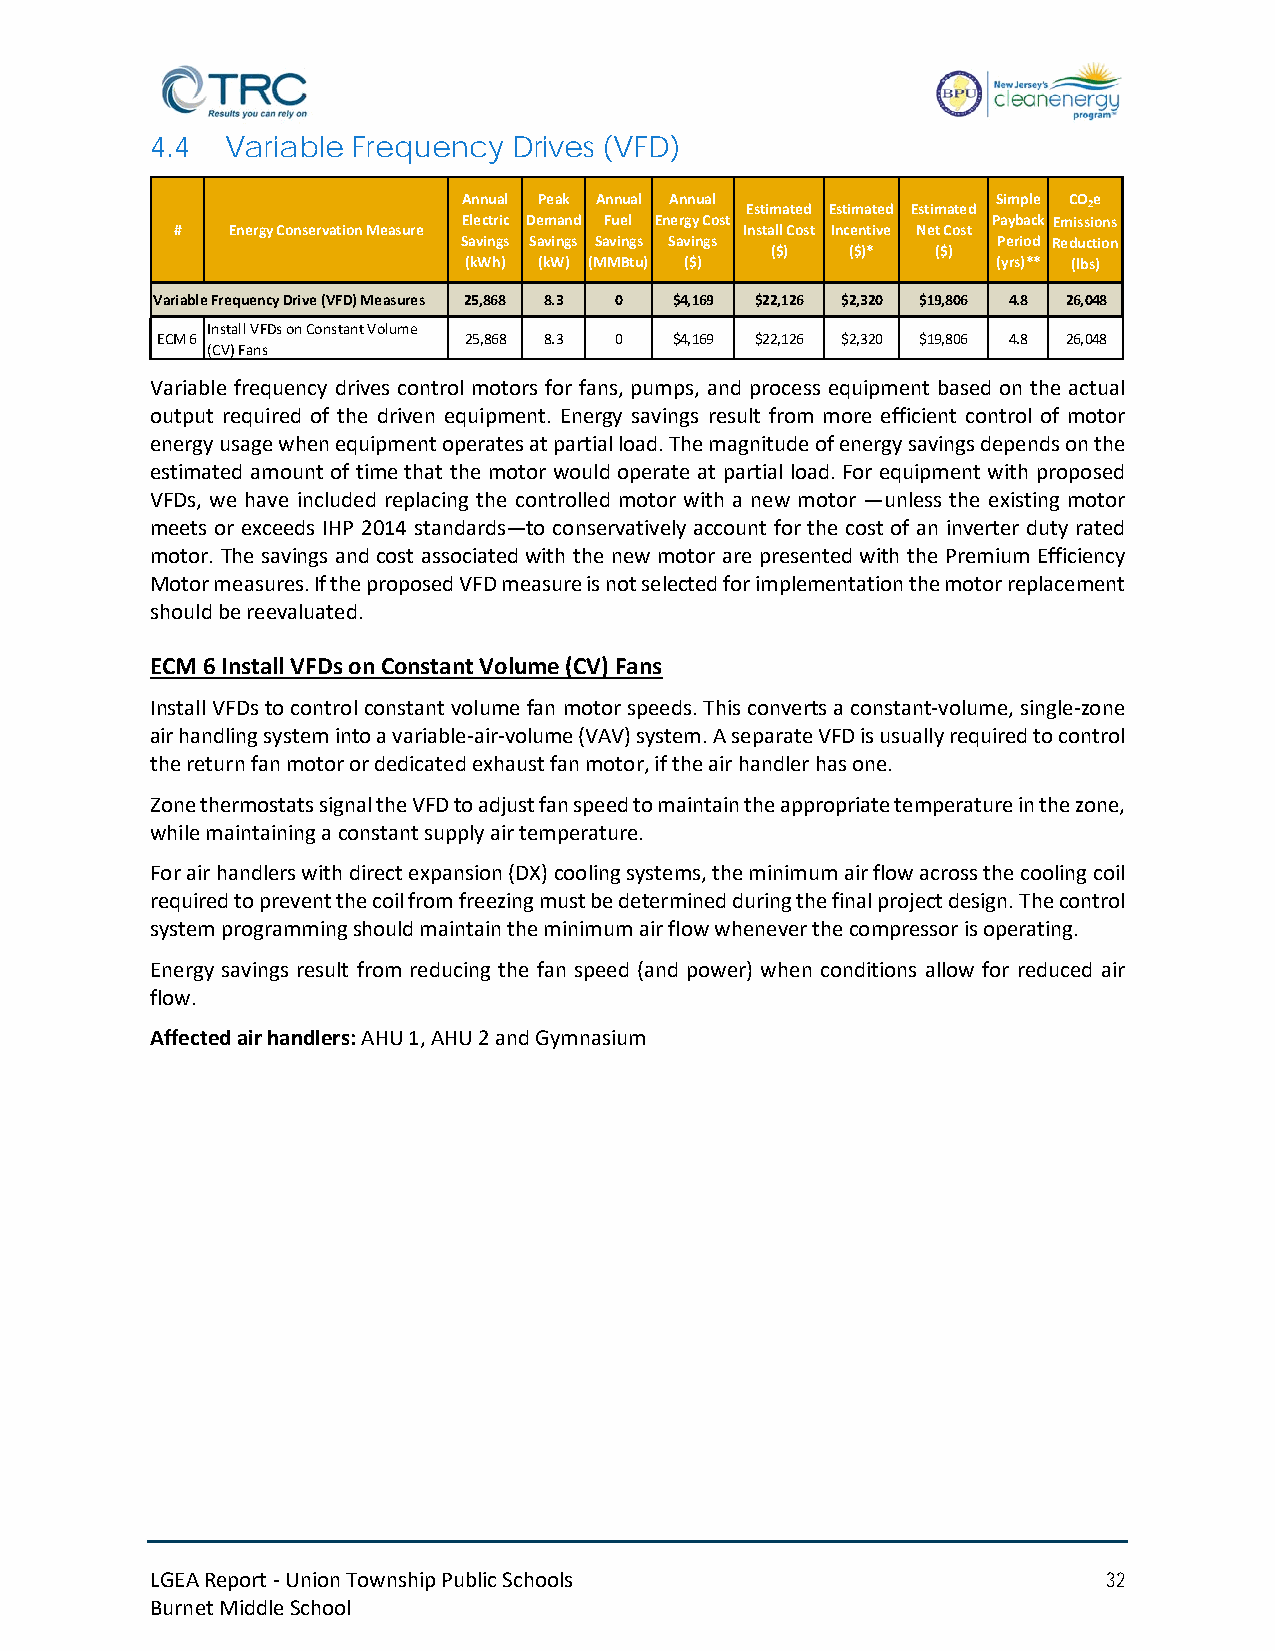
4.4  Variable Frequency Drives (VFD)
 Annual Peak Annual Annual          Simple COe
 Estimated Estimated Estimated 2
 Electric Demand Fuel Energy Cost   Payback Emissions
 #  Energy Conservation Measure       Install Cost Incentive Net Cost
 Savings Savings Savings Savings    Period Reduction
 ($)  ($)*  ($)
 (kWh) (kW) (MMBtu) ($)             (yrs)** (lbs)
 Variable Frequency Drive (VFD) Measures 25,868 8.3 0 $4,169 $22,126 $2,320 $19,806 4.8 26,048
 Install VFDs on Constant Volume
 ECM 6                25,868 8.3 0  $4,169 $22,126 $2,320 $19,806 4.8 26,048
 (CV) Fans
 Variable frequency drives control motors for fans, pumps, and process equipment based on the actual
 output required of the driven equipment. Energy savings result from more efficient control of motor
 energy usage when equipment operates at partial load. The magnitude of energy savings depends on the
 estimated amount of time that the motor would operate at partial load. For equipment with proposed
 VFDs, we have included replacing the controlled motor with a new motor —unless the existing motor
 meets or exceeds IHP 2014 standards—to conservatively account for the cost of an inverter duty rated
 motor. The savings and cost associated with the new motor are presented with the Premium Efficiency
 Motor measures. If the proposed VFD measure is not selected for implementation the motor replacement
 should be reevaluated.
 ECM 6 Install VFDs on Constant Volume (CV) Fans
 Install VFDs to control constant volume fan motor speeds. This converts a constant-volume, single-zone
 air handling system into a variable-air-volume (VAV) system. A separate VFD is usually required to control
 the return fan motor or dedicated exhaust fan motor, if the air handler has one.
 Zone thermostats signal the VFD to adjust fan speed to maintain the appropriate temperature in the zone,
 while maintaining a constant supply air temperature.
 For air handlers with direct expansion (DX) cooling systems, the minimum air flow across the cooling coil
 required to prevent the coil from freezing must be determined during the final project design. The control
 system programming should maintain the minimum air flow whenever the compressor is operating.
 Energy savings result from reducing the fan speed (and power) when conditions allow for reduced air
 flow.
 Affected air handlers: AHU 1, AHU 2 and Gymnasium
 LGEA Report - Union Township Public Schools                    32
 Burnet Middle School